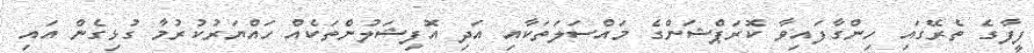
ފީފާގެ ތެރޭގައި ހިންގާފައިވާ ކޮރަޕްޝަންގެ މައްސަލަތަކާއި އަދި އޮފިޝަލުންތަކެއް ހައްޔަރުކުރުމާ ގުޅިގެން އައި